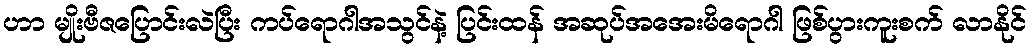
ဟာ မျိုးဗီဇပြောင်းလဲပြီး ကပ်ရောဂါအသွင်နဲ့ ပြင်းထန် အဆုပ်အအေးမိရောဂါ ဖြစ်ပွားကူးစက် လာနိုင်